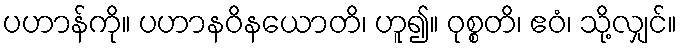
ပဟာန်ကို။ ပဟာနဝိနယောတိ၊ ဟူ၍။ ဝုစ္စတိ၊ ဧဝံ၊ သို့လျှင်။